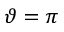
\vartheta = \pi